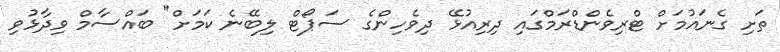
ތަށި ގެނައުމަށް ޓްރިވެންޑްރަމްގައި ދިރިއުޅޭ ދިވެހިންގެ ސަޕޯޓް ލިބޭނެ ކަމަށް" ބައްސާމް ވިދާޅުވި